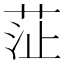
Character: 鿊